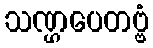
သဏ္ဌပေတဗ္ဗံ